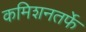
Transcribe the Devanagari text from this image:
कमिशनतर्फे